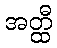
အတ္ထီ